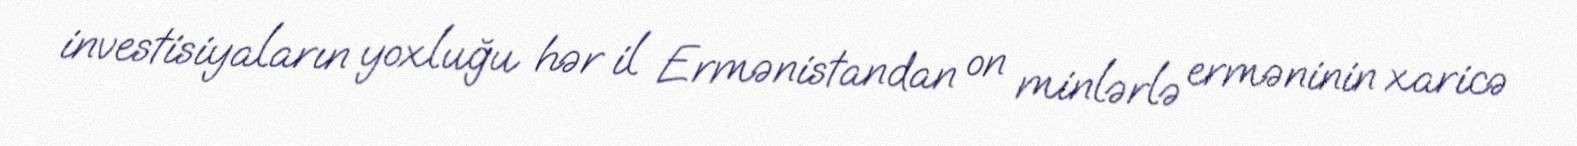
investisiyaların yoxluğu hər il Ermənistandan on minlərlə erməninin xaricə